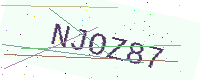
Text: NJOZ87